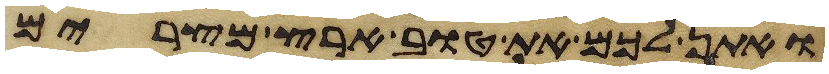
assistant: ואתן לכם את טוב ארץ מצרים